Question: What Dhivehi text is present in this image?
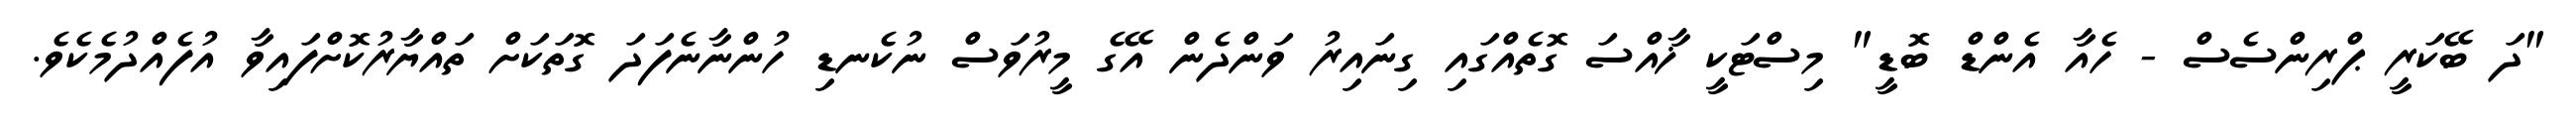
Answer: "ދަ ބޭކަރީ ޕްރިންސެސް - ހެއާ އެންޑް ބޮޑީ" މިސްޓަކީ ޚާއްސަ ގޮތެއްގައި ގިނައިރު ވަންދެން އޭގެ މީރުވަސް ނުކެނޑި ހުންނާނެފަދަ ގޮތަކަށް ތައްޔާރުކޮށްފައިވާ އުފެއްދުމެކެވެ.